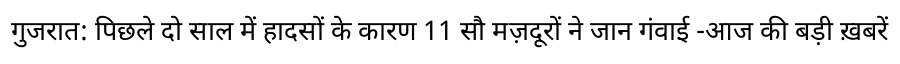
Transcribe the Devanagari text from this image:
गुजरात: पिछले दो साल में हादसों के कारण 11 सौ मज़दूरों ने जान गंवाई -आज की बड़ी ख़बरें